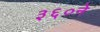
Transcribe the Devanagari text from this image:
३६०ने